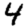
Digit: 4